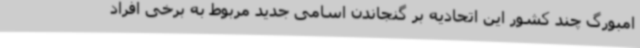
امبورگ چند کشور این اتحادیه بر گنجاندن اسامی جدید مربوط به برخی افراد